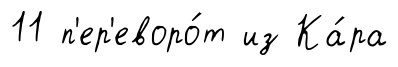
11 п'ер'еворо́т из Ка́ра